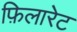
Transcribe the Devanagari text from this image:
फ़िलारेट